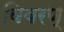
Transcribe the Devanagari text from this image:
विवरण्‌